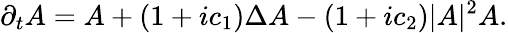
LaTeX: \partial_{t}A=A+(1+ic_{1})\Delta A-(1+ic_{2})|A|^{2}A.